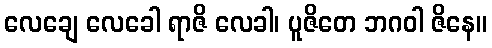
လေချေ လေခေါ ရာဇိ လေခါ၊ ပူဇိတေ ဘဂဝါ ဇိနေ။